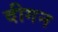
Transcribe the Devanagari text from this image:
वीगन